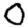
Digit: 0